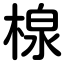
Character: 楾